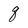
Character: q